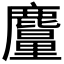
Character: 𪋠